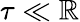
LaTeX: \tau\ll\mathbb{R}